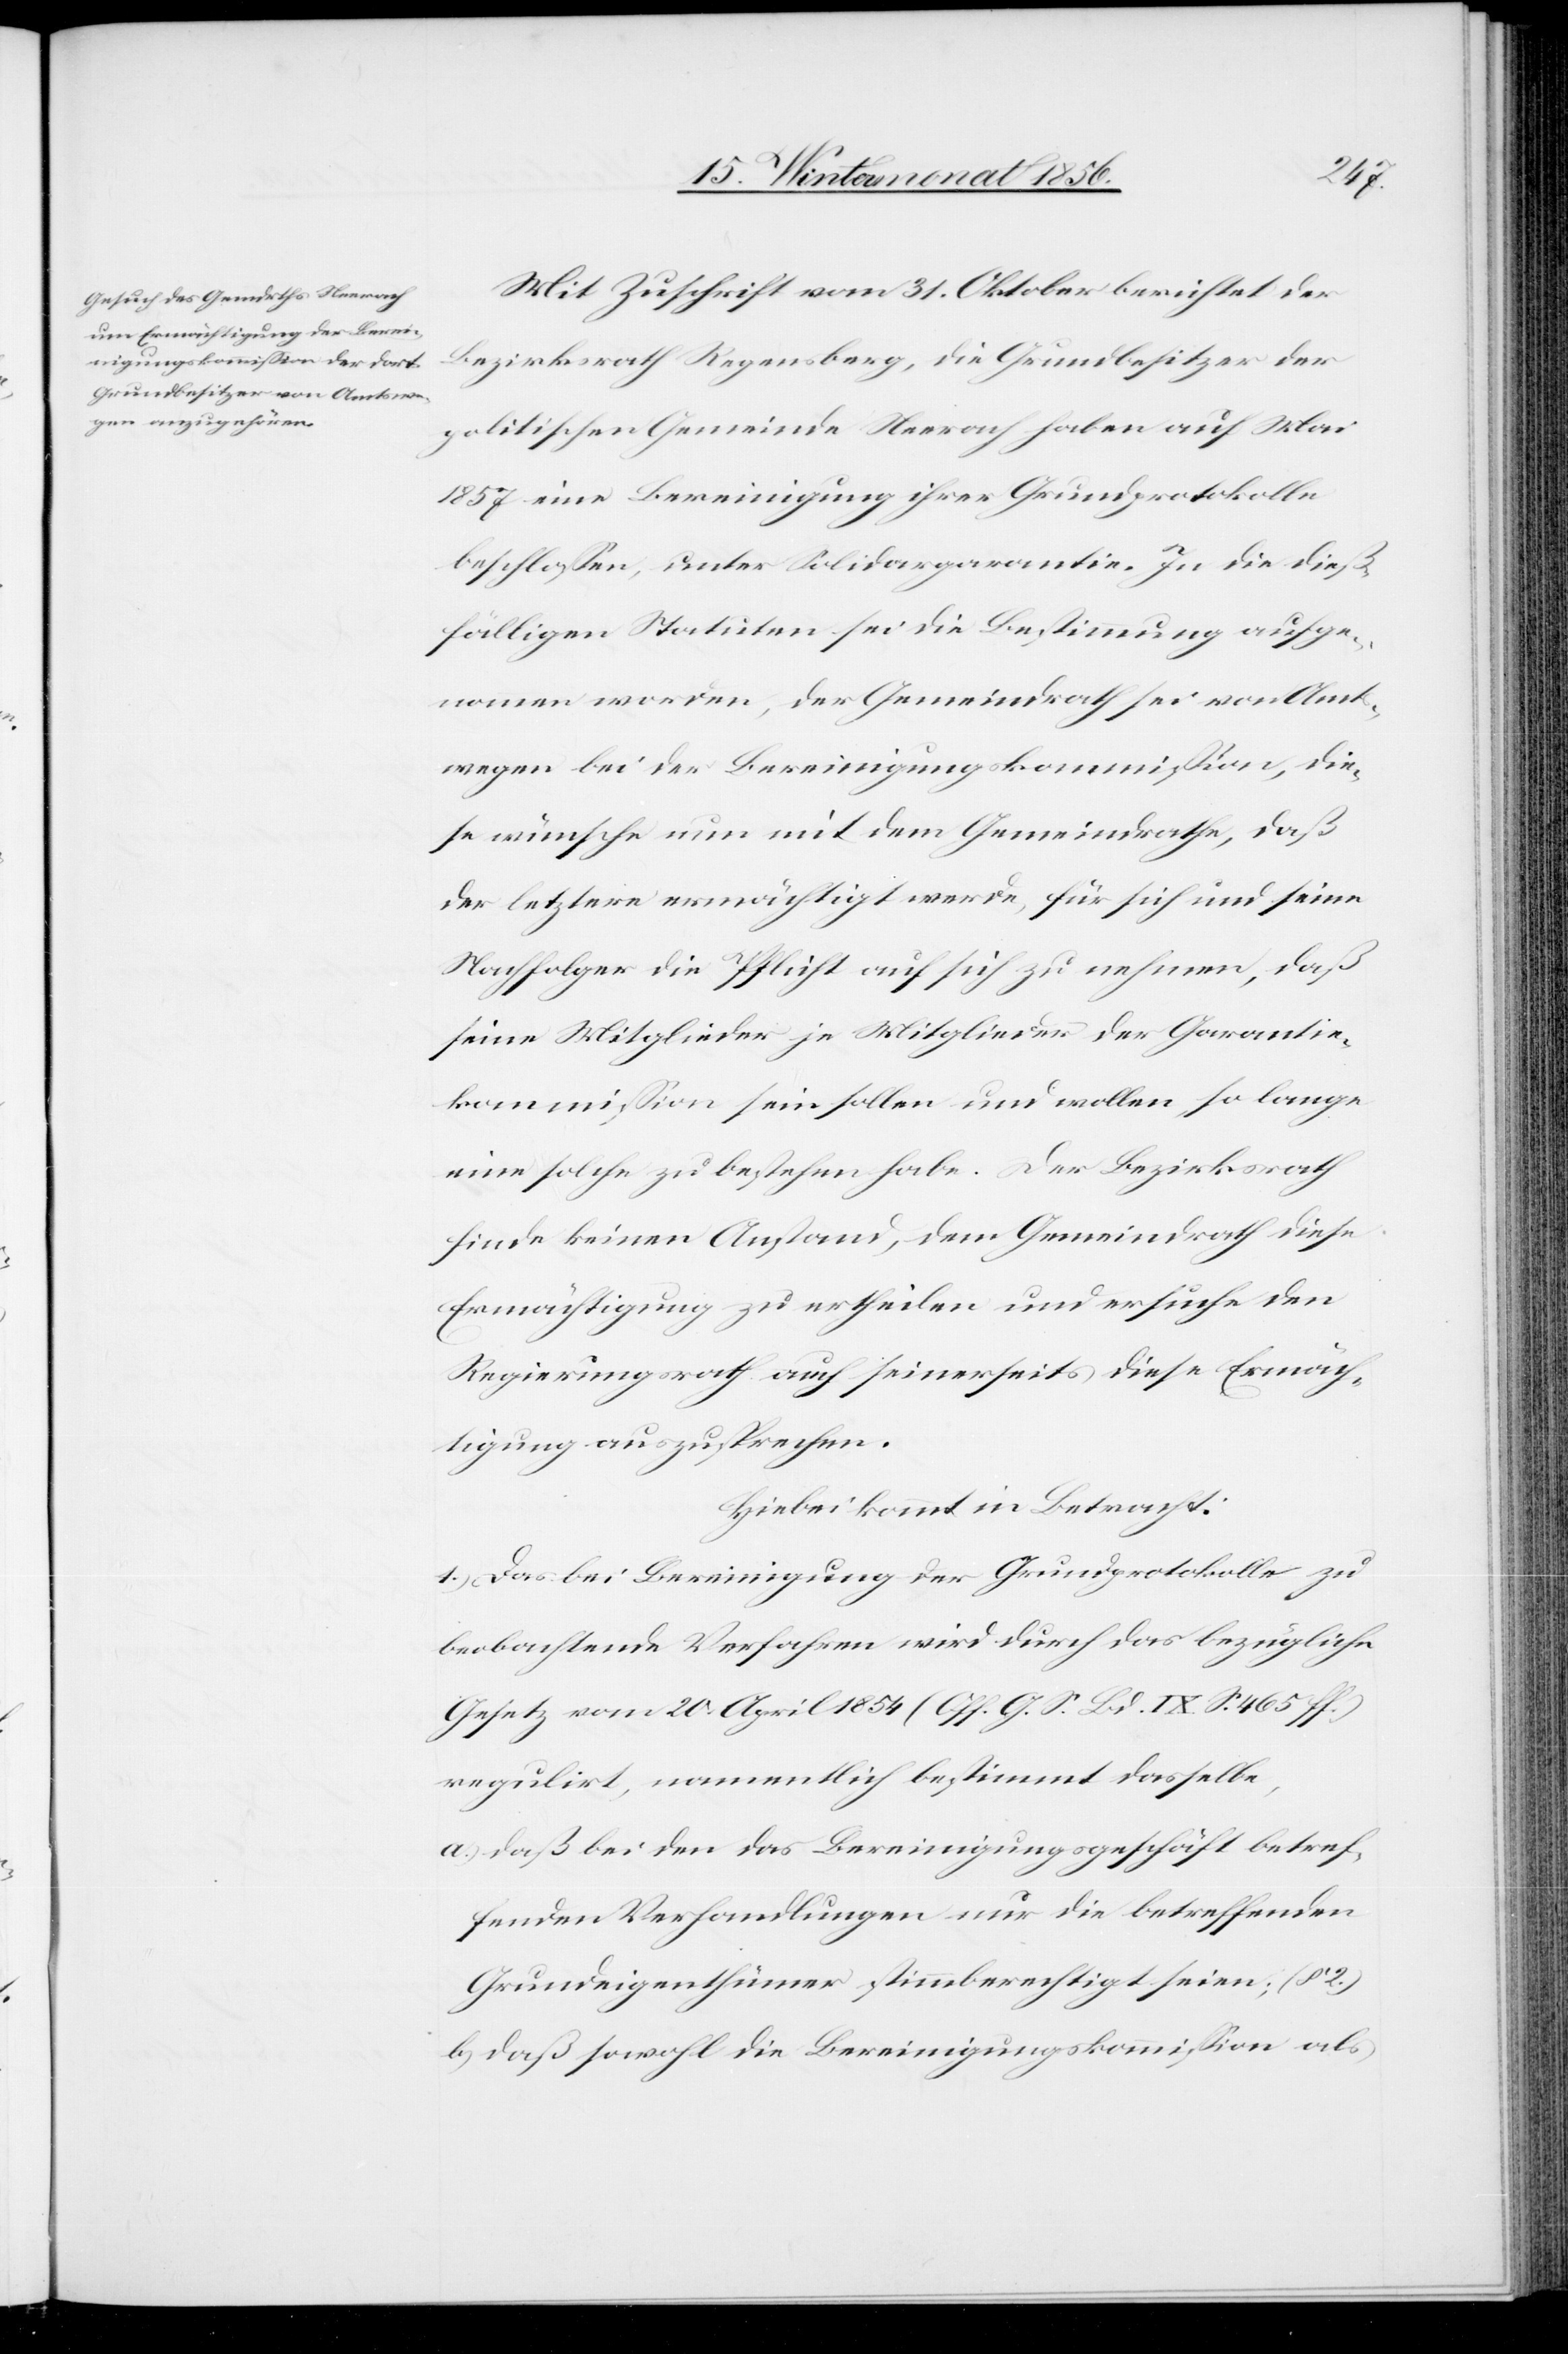
Mit Zuschrift vom 31. Oktober berichtet der
Bezirksrath Regensberg, die Grundbesitzer der
politischen Gemeinde Neerach haben auf Mai
1857 eine Bereinigung ihrer Grundprotokolle
beschlossen, unter Solidargarantie. In die dieß¬
fälligen Statuten sei die Bestimmung aufge¬
nommen worden, der Gemeindrath sei von Amts¬
wegen bei der Bereinigungskommission, die¬
se wünsche nun mit dem Gemeindrathe, daß
der letztere ermächtigt werde, für sich und seine
Nachfolger die Pflicht auf sich zu nehmen, daß
seine Mitglieder je Mitglieder der Garantie¬
kommission sein sollen und wollen, so lange
eine solche zu bestehen habe. Der Bezirksrath
finde keinen Anstand, dem Gemeindrath diese
Ermächtigung zu ertheilen und ersuche den
Regierungsrath auf seinerseits diese Ermäch¬
tigung auszusprechen.
Hiebei kommt in Betracht:
1.) Das bei Bereinigung der Grundprotokolle zu
beobachtende Verfahren wird durch das bezügliche
Gesetz vom 20. April 1854 (Off. G. S. Bd. IX S. 465 ff.)
regulirt, namentlich bestimmt dasselbe,
a.) daß bei den das Bereinigungsgeschäft betref¬
fenden Verhandlungen nur die betreffenden
Grundeigenthümer stimmberechtigt seien; (§ 2.)
b.) daß sowohl die Bereinigungskommission als